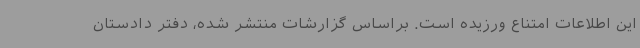
این اطلاعات امتناع ورزیده است. براساس گزارشات منتشر شده، دفتر دادستان